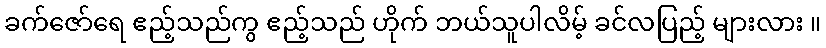
ခက်ဇော်ရေ ဧည့်သည်ကွ ဧည့်သည် ဟိုက် ဘယ်သူပါလိမ့် ခင်လပြည့် များလား ။